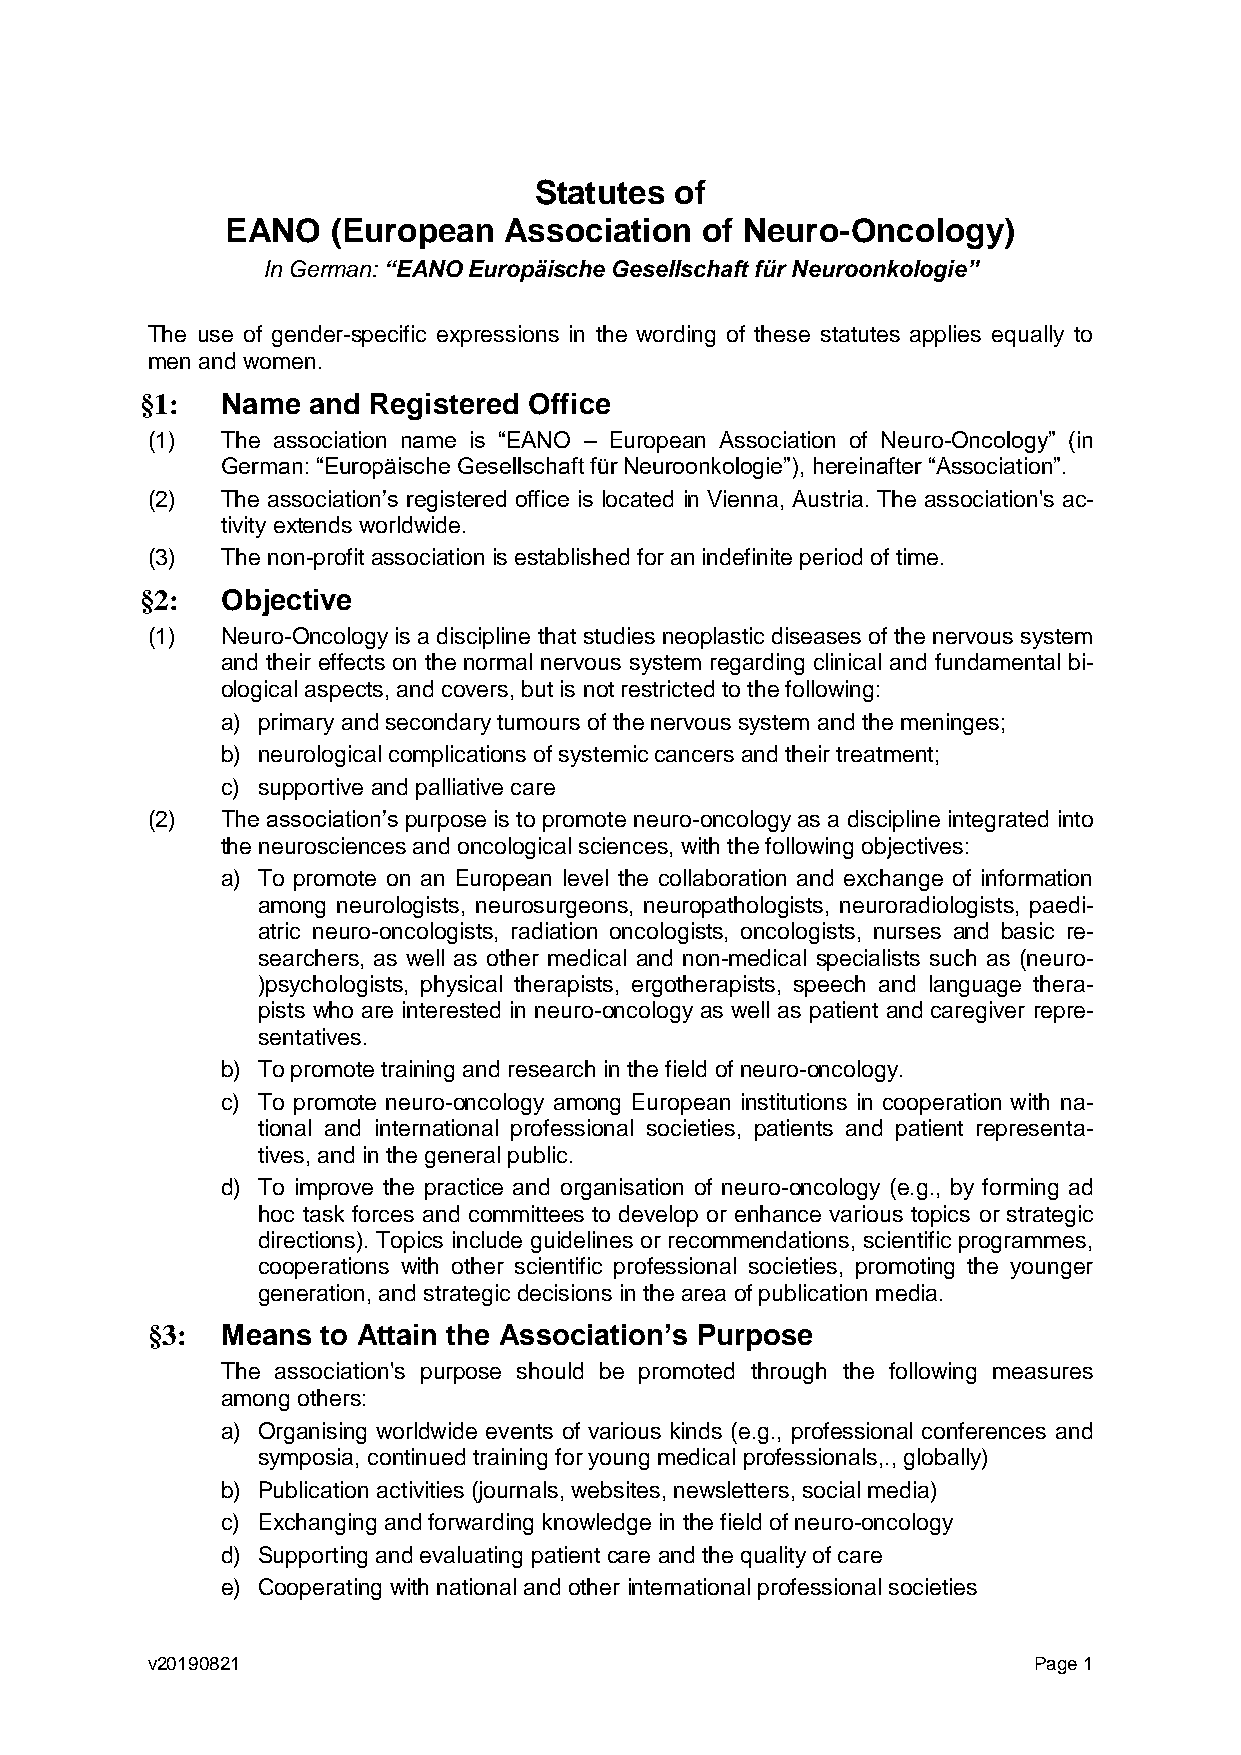
Statutes  of
 EANO   (European  Association  of Neuro-Oncology)
 In German: “EANO Europäische Gesellschaft für Neuroonkologie”
 The use of gender-specific expressions in the wording of these statutes applies equally to
 men and women.
 §1:   Name and Registered Office
 (1)  The association name is “EANO – European Association of Neuro-Oncology” (in
 German: “Europäische Gesellschaft für Neuroonkologie”), hereinafter “Association”.
 (2)  The association’s registered office is located in Vienna, Austria. The association's ac-
 tivity extends worldwide.
 (3)  The non-profit association is established for an indefinite period of time.
 §2:   Objective
 (1)  Neuro-Oncology is a discipline that studies neoplastic diseases of the nervous system
 and their effects on the normal nervous system regarding clinical and fundamental bi-
 ological aspects, and covers, but is not restricted to the following:
 a) primary and secondary tumours of the nervous system and the meninges;
 b) neurological complications of systemic cancers and their treatment;
 c) supportive and palliative care
 (2)  The association’s purpose is to promote neuro-oncology as a discipline integrated into
 the neurosciences and oncological sciences, with the following objectives:
 a) To promote on an European level the collaboration and exchange of information
 among neurologists, neurosurgeons, neuropathologists, neuroradiologists, paedi-
 atric neuro-oncologists, radiation oncologists, oncologists, nurses and basic re-
 searchers, as well as other medical and non-medical specialists such as (neuro-
 )psychologists, physical therapists, ergotherapists, speech and language thera-
 pists who are interested in neuro-oncology as well as patient and caregiver repre-
 sentatives.
 b) To promote training and research in the field of neuro-oncology.
 c) To promote neuro-oncology among European institutions in cooperation with na-
 tional and international professional societies, patients and patient representa-
 tives, and in the general public.
 d) To improve the practice and organisation of neuro-oncology (e.g., by forming ad
 hoc task forces and committees to develop or enhance various topics or strategic
 directions). Topics include guidelines or recommendations, scientific programmes,
 cooperations with other scientific professional societies, promoting the younger
 generation, and strategic decisions in the area of publication media.
 §3:  Means to Attain the Association’s Purpose
 The association's purpose should be promoted through the following measures
 among others:
 a) Organising worldwide events of various kinds (e.g., professional conferences and
 symposia, continued training for young medical professionals,., globally)
 b) Publication activities (journals, websites, newsletters, social media)
 c) Exchanging and forwarding knowledge in the field of neuro-oncology
 d) Supporting and evaluating patient care and the quality of care
 e) Cooperating with national and other international professional societies
 v20190821                                                 Page 1